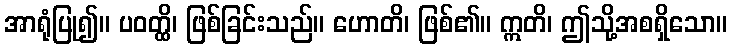
အာရုံပြု၍။ ပဝတ္ထိ၊ ဖြစ်ခြင်းသည်။ ဟောတိ၊ ဖြစ်၏။ ဣတိ၊ ဤသို့အစရှိသော။